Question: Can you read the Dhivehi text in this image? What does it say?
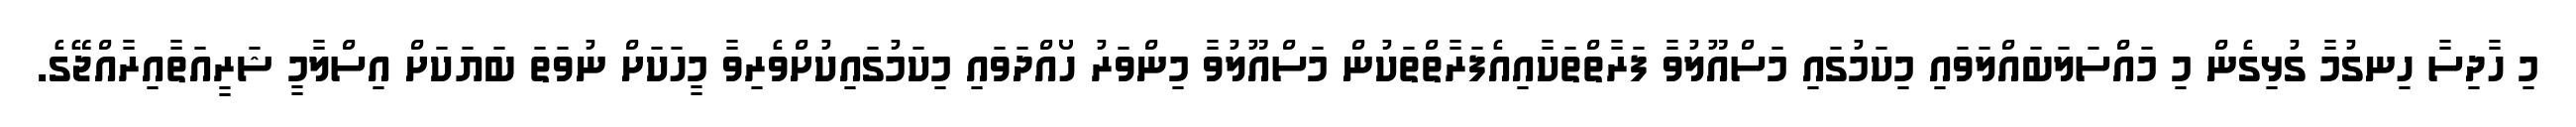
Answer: މި ހާދިސާ ހިނގުމާ ގުޅިގެން މި މައްސަލަބައްލަވައި މިކަމުގައި މަސްއޫލުވާ ފަރާތްތަކާއިއެފަރާތްތަކުން މަސްއޫލުވާ މިންވަރު ހޯއްދަވައި މިކަމުގައިކުށްވެރިވާ މީހަކަށް ނުވަތަ ބަޔަކަށް އިސްލާމީ ޝަރީއަތާއިރާއްޖޭގެ.